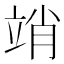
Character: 䇌